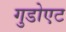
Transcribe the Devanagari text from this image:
गुडोएट